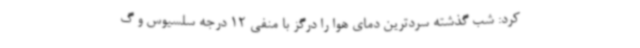
کرد: شب گذشته سردترین دمای هوا را درگز با منفی 12 درجه سلسیوس و گ